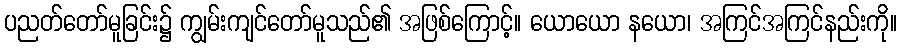
ပညတ်တော်မူခြင်း၌ ကျွမ်းကျင်တော်မူသည်၏ အဖြစ်ကြောင့်။ ယောယော နယော၊ အကြင်အကြင်နည်းကို။